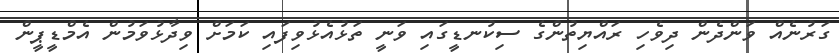
ގަރުނެއް ވަންދެން ދިވެހި ރައްޔިތުންގެ ސިކުނޑީގައި ވަނީ ތަޅުއެޅުވިފައި ކަމަށް ވިދާޅުވަމުން އެމްޑީޕީން